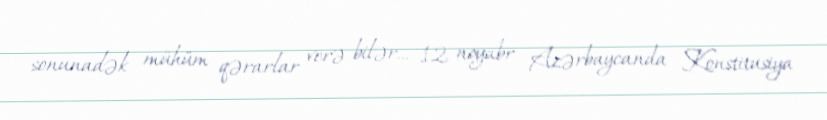
sonunadək mühüm qərarlar verə bilər... 12 noyabr Azərbaycanda Konstitusiya